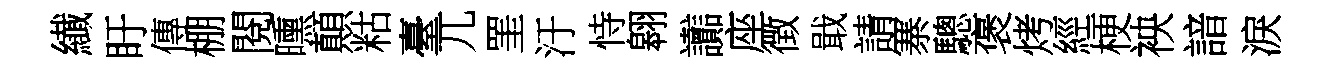
纎盱傳棚閱曛顛䊀臺兀罣汙恃翱讟座徴戢請寨驄褒烤經梗䘧諳淚